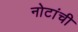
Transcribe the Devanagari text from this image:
नोटांची